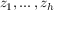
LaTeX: z _ { 1 } , \ldots , z _ { h }